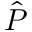
\hat { P }